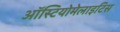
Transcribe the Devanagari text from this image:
ऑस्टियोमेलाइटिस